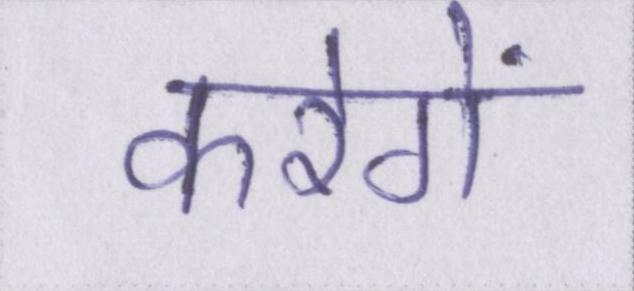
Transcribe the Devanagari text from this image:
करेगें